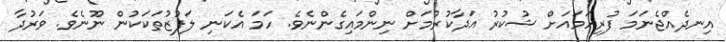
އިނދެއްޖެނަމަ ފުރިހަމައަށް ޝުކުރު އަދާކުރުމަށް ނިންމައިގެންނެވެ. ހަމަ އެކަނި ލަފުޒުތަކަކުން ނޫނެވެ. ވަރުދާ